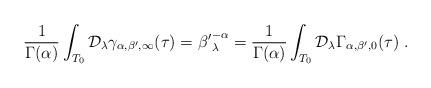
LaTeX: \begin{align*}\frac{1}{\Gamma(\alpha)}\int_{T_0}\mathcal{D}_\lambda\gamma_{\alpha,\beta',\infty}(\tau)={\beta'}_\lambda^{-\alpha} =\frac{1}{\Gamma(\alpha)}\int_{T_0}\mathcal{D}_\lambda\Gamma_{\alpha,\beta',0}(\tau)\;.\end{align*}